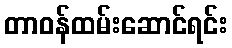
တာဝန်ထမ်းဆောင်ရင်း